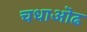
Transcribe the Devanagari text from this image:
चधाऒढ